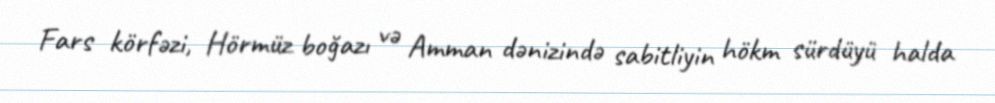
Fars körfəzi, Hörmüz boğazı və Amman dənizində sabitliyin hökm sürdüyü halda